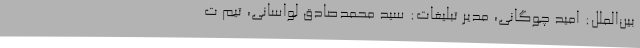
بین‌الملل: امید چوگانی، مدیر تبلیغات: سید محمدصادق لواسانی، تیم ت